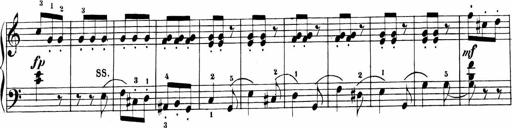
Title: Sonatinen Op.47, 98 und 136, nebst 6 Liedersonatinen
Composer: Carl Reinecke